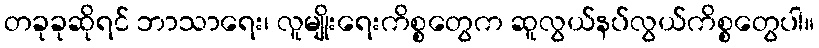
တခုခုဆိုရင် ဘာသာရေး၊ လူမျိုးရေးကိစ္စတွေက ဆူလွယ်နပ်လွယ်ကိစ္စတွေပါ။